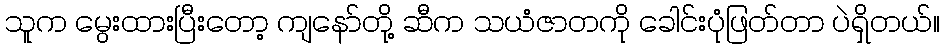
သူက မွေးထားပြီးတော့ ကျနော်တို့ ဆီက သယံဇာတကို ခေါင်းပုံဖြတ်တာ ပဲရှိတယ်။